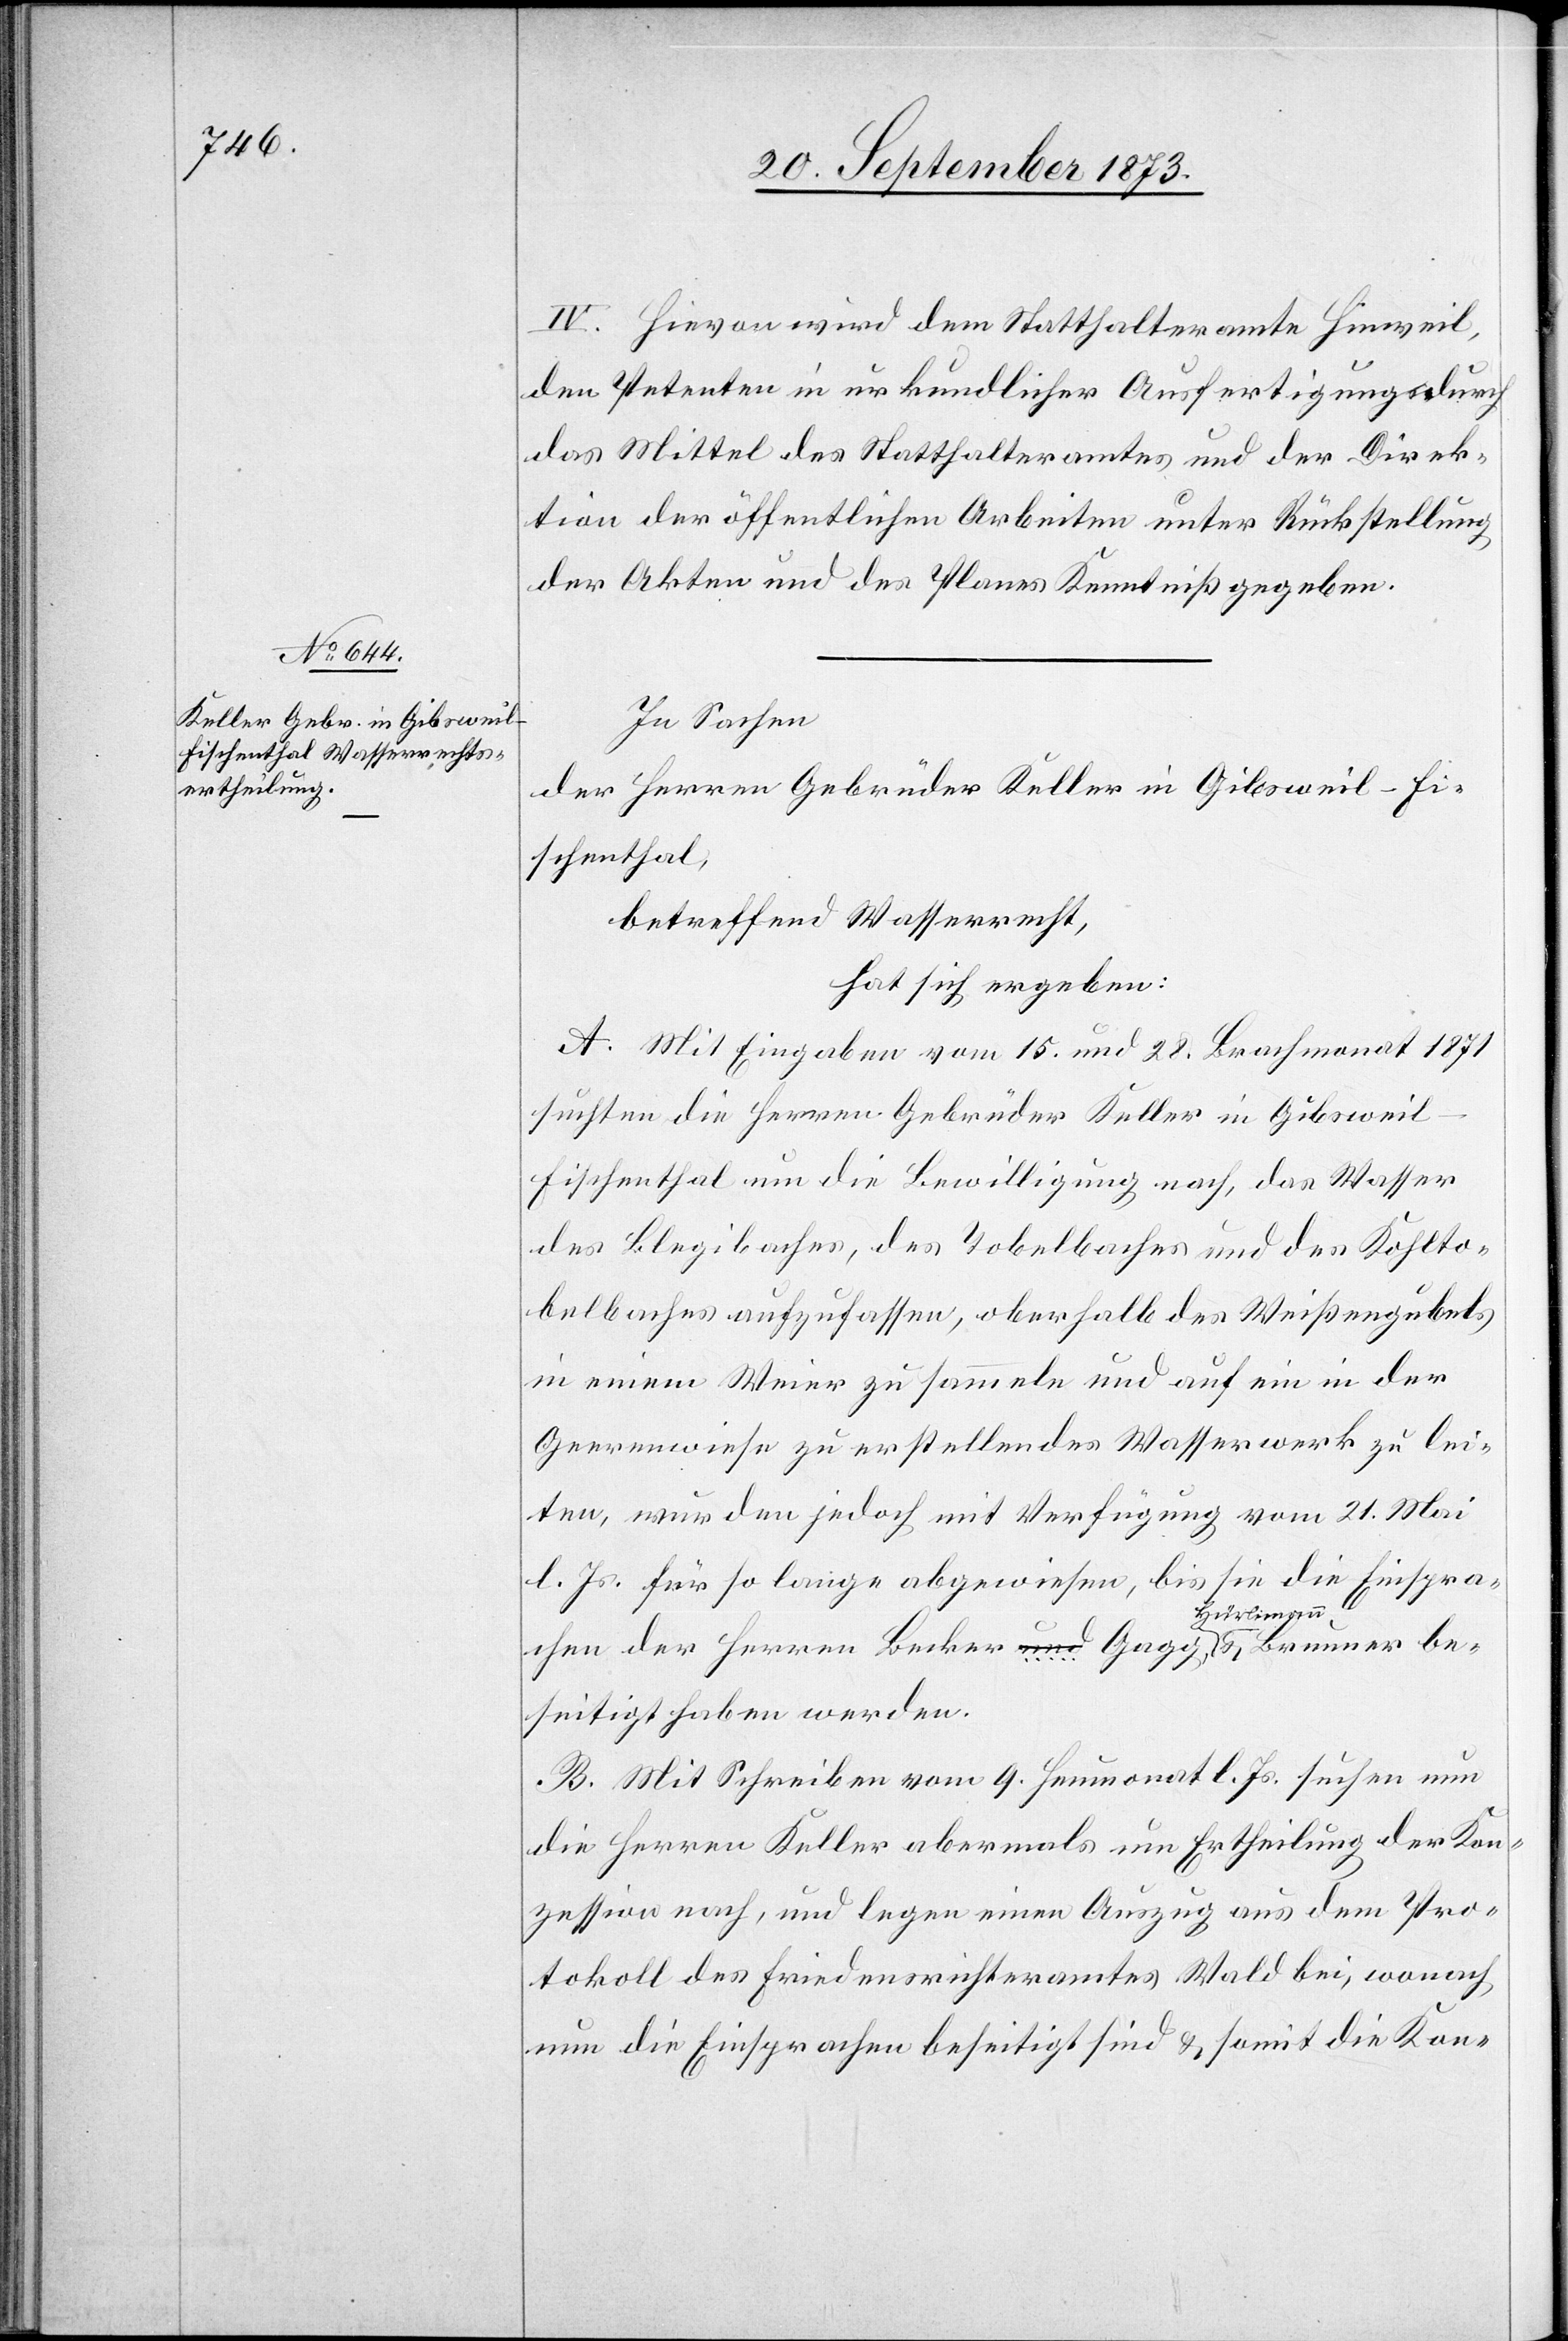
IV. Hievon wird dem Statthalteramte Hinweil,
den Petenten in urkundlicher Ausfertigungs
das Mittel des Statthalteramtes und der Direk¬
tion der öffentlichen Arbeiten unter Rückstellung
der Akten und des Planes Kenntniß gegeben.
In Sachen
der Herren Gebrüder Keller in Gibsweil - Fi¬
schenthal,
betreffend Wasserrecht,
hat sich ergeben:
A. Mit Eingaben vom 15. und 28. Brachmonat 1871
be¬
suchten die Herren Gebrüder Keller in Gibsweil
Fischenthal um die Bewilligung nach, das Wasser
des Blegibaches, des Tobelbaches und des Kohlto¬
belbaches aufzufassen, oberhalb des Weißengubels
in einem Weier zu sammeln und auf ein in der
Geerenwiese zu erstellendes Wasserwerk zu lei¬
ten, wurden jedoch mit Verfügung vom 21. Mai
l. Js. für so lange abgewiesen, bis sie die Einspra¬
Hürlimann
seitigt haben werden.
B. Mit Schreiben vom 9. Heumonat l. Js. suchen nun
die Herren Keller abermals um Ertheilung der Kon¬
zession nach, und legen einen Auszug aus dem Pro¬
tokoll des Friedensrichteramtes Wald bei, wonach
nun die Einsprachen beseitigt sind & somit die Kon-